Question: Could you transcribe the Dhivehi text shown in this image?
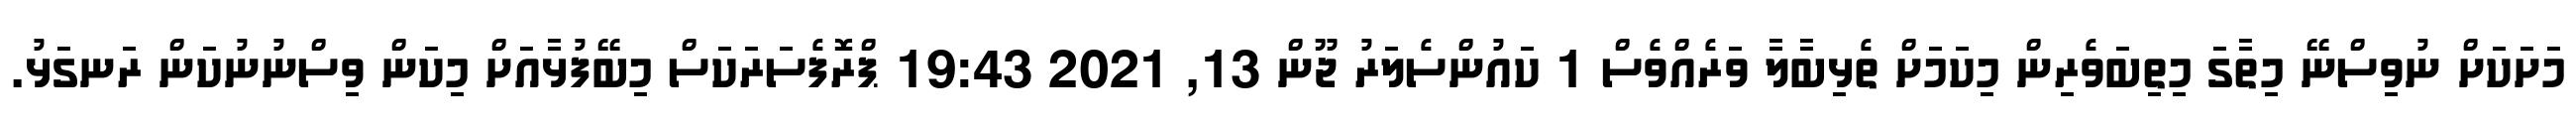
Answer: މަށަކަށް ނުވިސްނޭ މިތާގަ މިތިބަވެރިން މިކަމަށް ތެޅިބާލާ ވަރެއްވެސް 1 ކައުންސެލަރު ޖޫން 13, 2021 19:43 ޕްރޮފެސަރަކަސް މިބޭފުޅާއަށް މިކަން ވިސްނުނުކަން ރަނގަޅު.